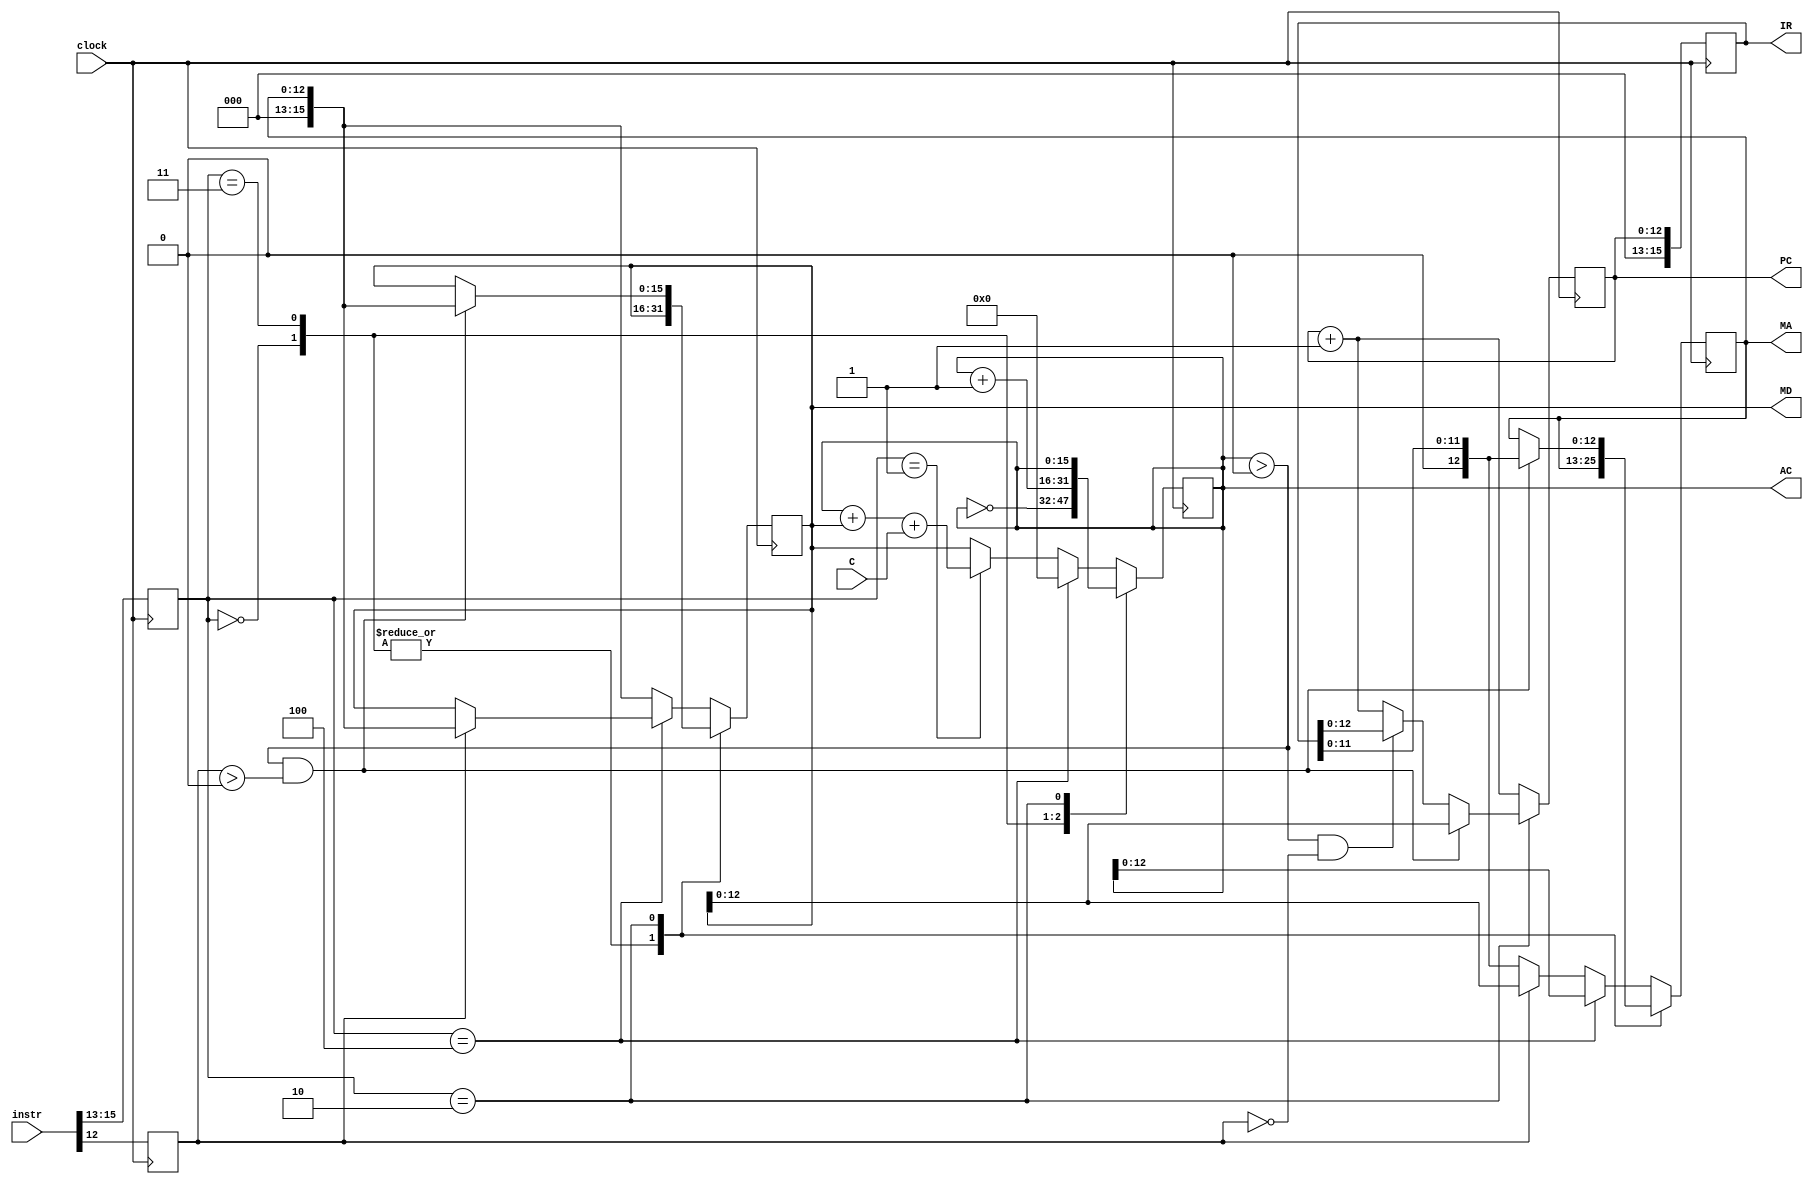
`timescale 1ns / 1ps

module SimpleProcessor(
    input [15:0] instr,
    input clock,
    input C,
    output reg [15:0] IR,
    output reg [15:0] MD,
    output reg [15:0] AC,
    output reg [12:0] PC,
    output reg [12:0] MA

    );
    reg [2:0] opcode;
    reg AM;
    
    always @(posedge clock)
    begin
        //State 0 at reset
        IR <= PC;
  
        //State 1
        PC <= PC + 1;
        
        //Case to switch between different states
        //Stores the opcode, AM, and addresses from the instruction
        opcode <= instr[15:13];
        AM <= instr[12];
        
        case(opcode)
            3'b000: begin
                //State 2
                AC <= ~AC;
                end
            3'b011: begin
                //State 3
                AC = AC + 1;
                end
            3'b010: begin
                //Checks to make sure that the Accumulator and Adress Mode are greater than 0
                //If they are proceed to state 4, if not, return to state 0
                if(AC > 0 && AM > 0)begin 
                    //State 4
                    MA <= IR[11:0];
                                                    
                    //State 5
                    MD <= MA;
                                                    
                    //State 6
                    PC <= MD;
                    end
                else if(AC > 0 && AM == 0)begin
                    
                    //State 7
                    PC <= IR;
                    end
                end
            default: begin
                //State 8
                MA <=IR[11:0];
                
                if(opcode == 3'b100) begin
                    if(AM) begin
                        //State 9
                        MD <= MA;
                        
                        //State 10
                        MA <= MD;
                        end
                    //State 11
                    MA <= AC;
                    AC <= 0;     
                    end
                else begin
                    //State 12
                    MD <= MA;
                    
                    if(AM) begin
                        //State 13
                        MA <= MD;
                        
                        //State 14
                        MD <= MA;
                        end
                    
                    if(opcode == 3'b001) begin
                        //State 15
                        AC <= AC + MD + C;
                        end
                    else begin
                        //State 16
                        AC <= MD;
                        end
                    end
                end
            endcase
    end
endmodule